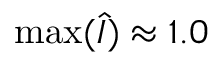
\mathrm { m a x } ( \hat { I } ) \approx 1 . 0